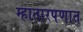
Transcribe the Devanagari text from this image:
म्हातारपणात